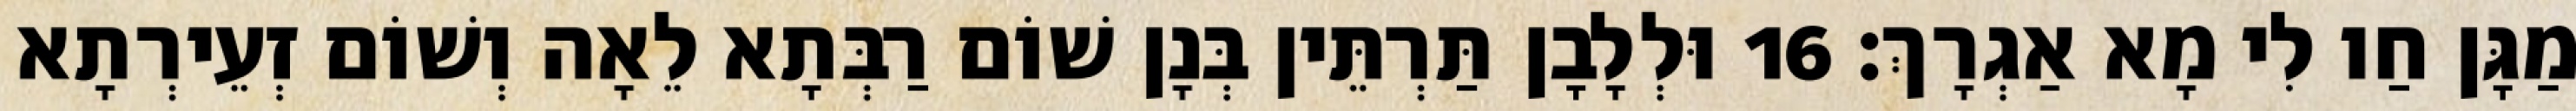
מַגָּן חַו לִי מָא אַגְרָךְ׃ 16 וּלְלָבָן תַּרְתֵּין בְּנָן שׁוֹם רַבְּתָא לֵאָה וְשׁוֹם זְעֵירְתָא